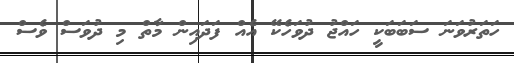
ހަތަރުވަނަ ސަބަބަކީ ހައްޖު ދުވަހެކޭ އެއް ފަދައިން މާތް މި ދުވަސް ވެސް